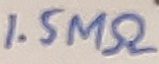
Text: 1.5MΩ